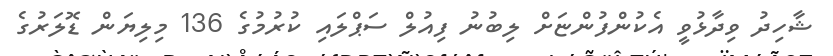
ޝާހިދު ވިދާޅުވީ އެކުންފުންޏަށް ލިބުނު ފިއުލް ސަޕްލައި ކުރުމުގެ 136 މިލިޔަން ޑޮލަރުގެ